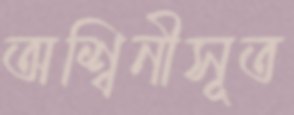
অশ্বিনীসূত